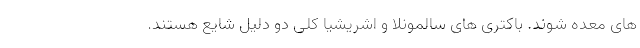
های معده شوند. باکتری های سالمونلا و اشریشیا کلی دو دلیل شایع هستند.